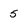
Character: 5